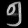
Digit: ၅